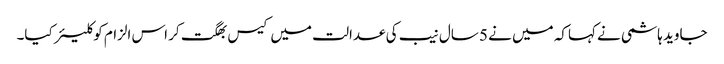
جاوید ہاشمی نے کہاکہ میں نے 5 سال نیب کی عدالت میں کیس بھگت کر اس الزام کو کلیئر کیا۔